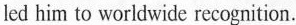
led him to worldwide recognition.